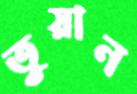
তুয়ান